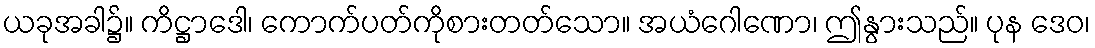
ယခုအခါ၌။ ကိဋ္ဌာဒေါ၊ ကောက်ပတ်ကိုစားတတ်သော။ အယံဂေါဏော၊ ဤနွားသည်။ ပုန ဒေဝ၊